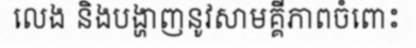
លេង និងបង្ហាញនូវសាមគ្គីភាពចំពោះ